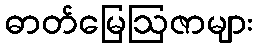
ဓာတ်မြေဩဇာများ